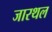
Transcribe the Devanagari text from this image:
जारथल